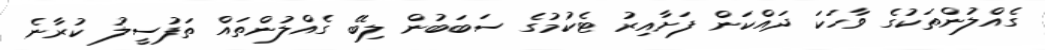
ގެއްލުންތަކުގެ ވާހަކަ ދައްކަން ފަށާއިރު ޓެކުމުގެ ސަބަބުން ލިބޭ ގެއްލުންތައް ތަފުސީލު ކުރާނެ